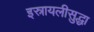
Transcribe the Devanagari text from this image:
इस्रायलीसुद्धा